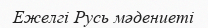
Ежелгі Русь мәдениеті